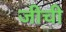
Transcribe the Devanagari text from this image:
जीची